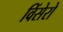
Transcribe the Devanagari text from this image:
विंसेरो